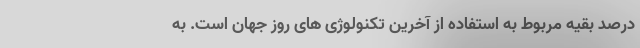
درصد بقیه مربوط به استفاده از آخرین تکنولوژی های روز جهان است. به